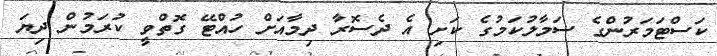
ކަސްޓަމަރުންގެ ސަމާލުކަމުގެ ކަށި އެ ދެސޮރާ ދިމާއަށް ހުއްޓޭ ގޮތްވީ ކުރަމުން ދިޔަ